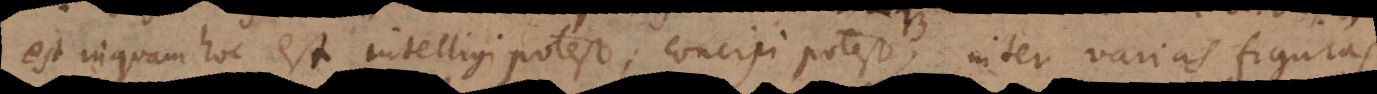
est, inquam, hoc est intelligi potest, concipi potest, inter varias figuras